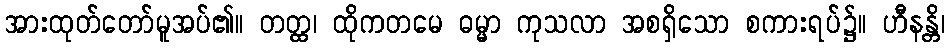
အားထုတ်တော်မူအပ်၏။ တတ္ထ၊ ထိုကတမေ ဓမ္မာ ကုသလာ အစရှိသော စကားရပ်၌။ ဟီနန္တိ၊